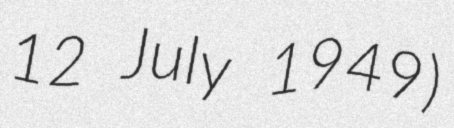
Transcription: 12 July 1949)